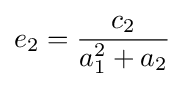
e_{2}={\frac {c_{2}}{a_{1}^{2}+a_{2}}}